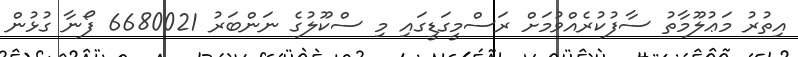
އިތުރު މަޢުލޫމާތު ސާފުކުރެއްވުމަށް ރަސްމީގަޑީގައި މި ސްކޫލުގެ ނަންބަރު 6680021 ފޯނާ ގުޅުން